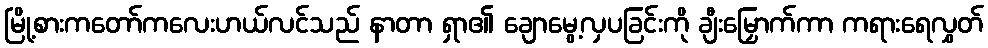
မြို့စားကတော်ကလေးဟယ်လင်သည် နာတာ ရှာ၏ ချောမွေ့လှပခြင်းကို ချီးမြှောက်ကာ ကရားရေလွှတ်